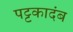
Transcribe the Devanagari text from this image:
पट्टकादंब